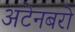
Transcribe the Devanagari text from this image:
अटेनबरो